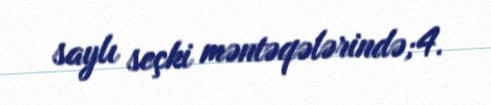
saylı seçki məntəqələrində;4.